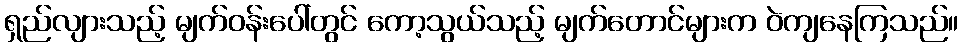
ရှည်လျားသည့် မျက်ဝန်းပေါ်တွင် ကော့သွယ်သည့် မျက်တောင်များက ဝဲကျနေကြသည်။